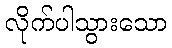
လိုက်ပါသွားသော